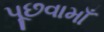
પૂછવામાઁ